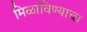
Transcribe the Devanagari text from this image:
मिळाविण्याचा